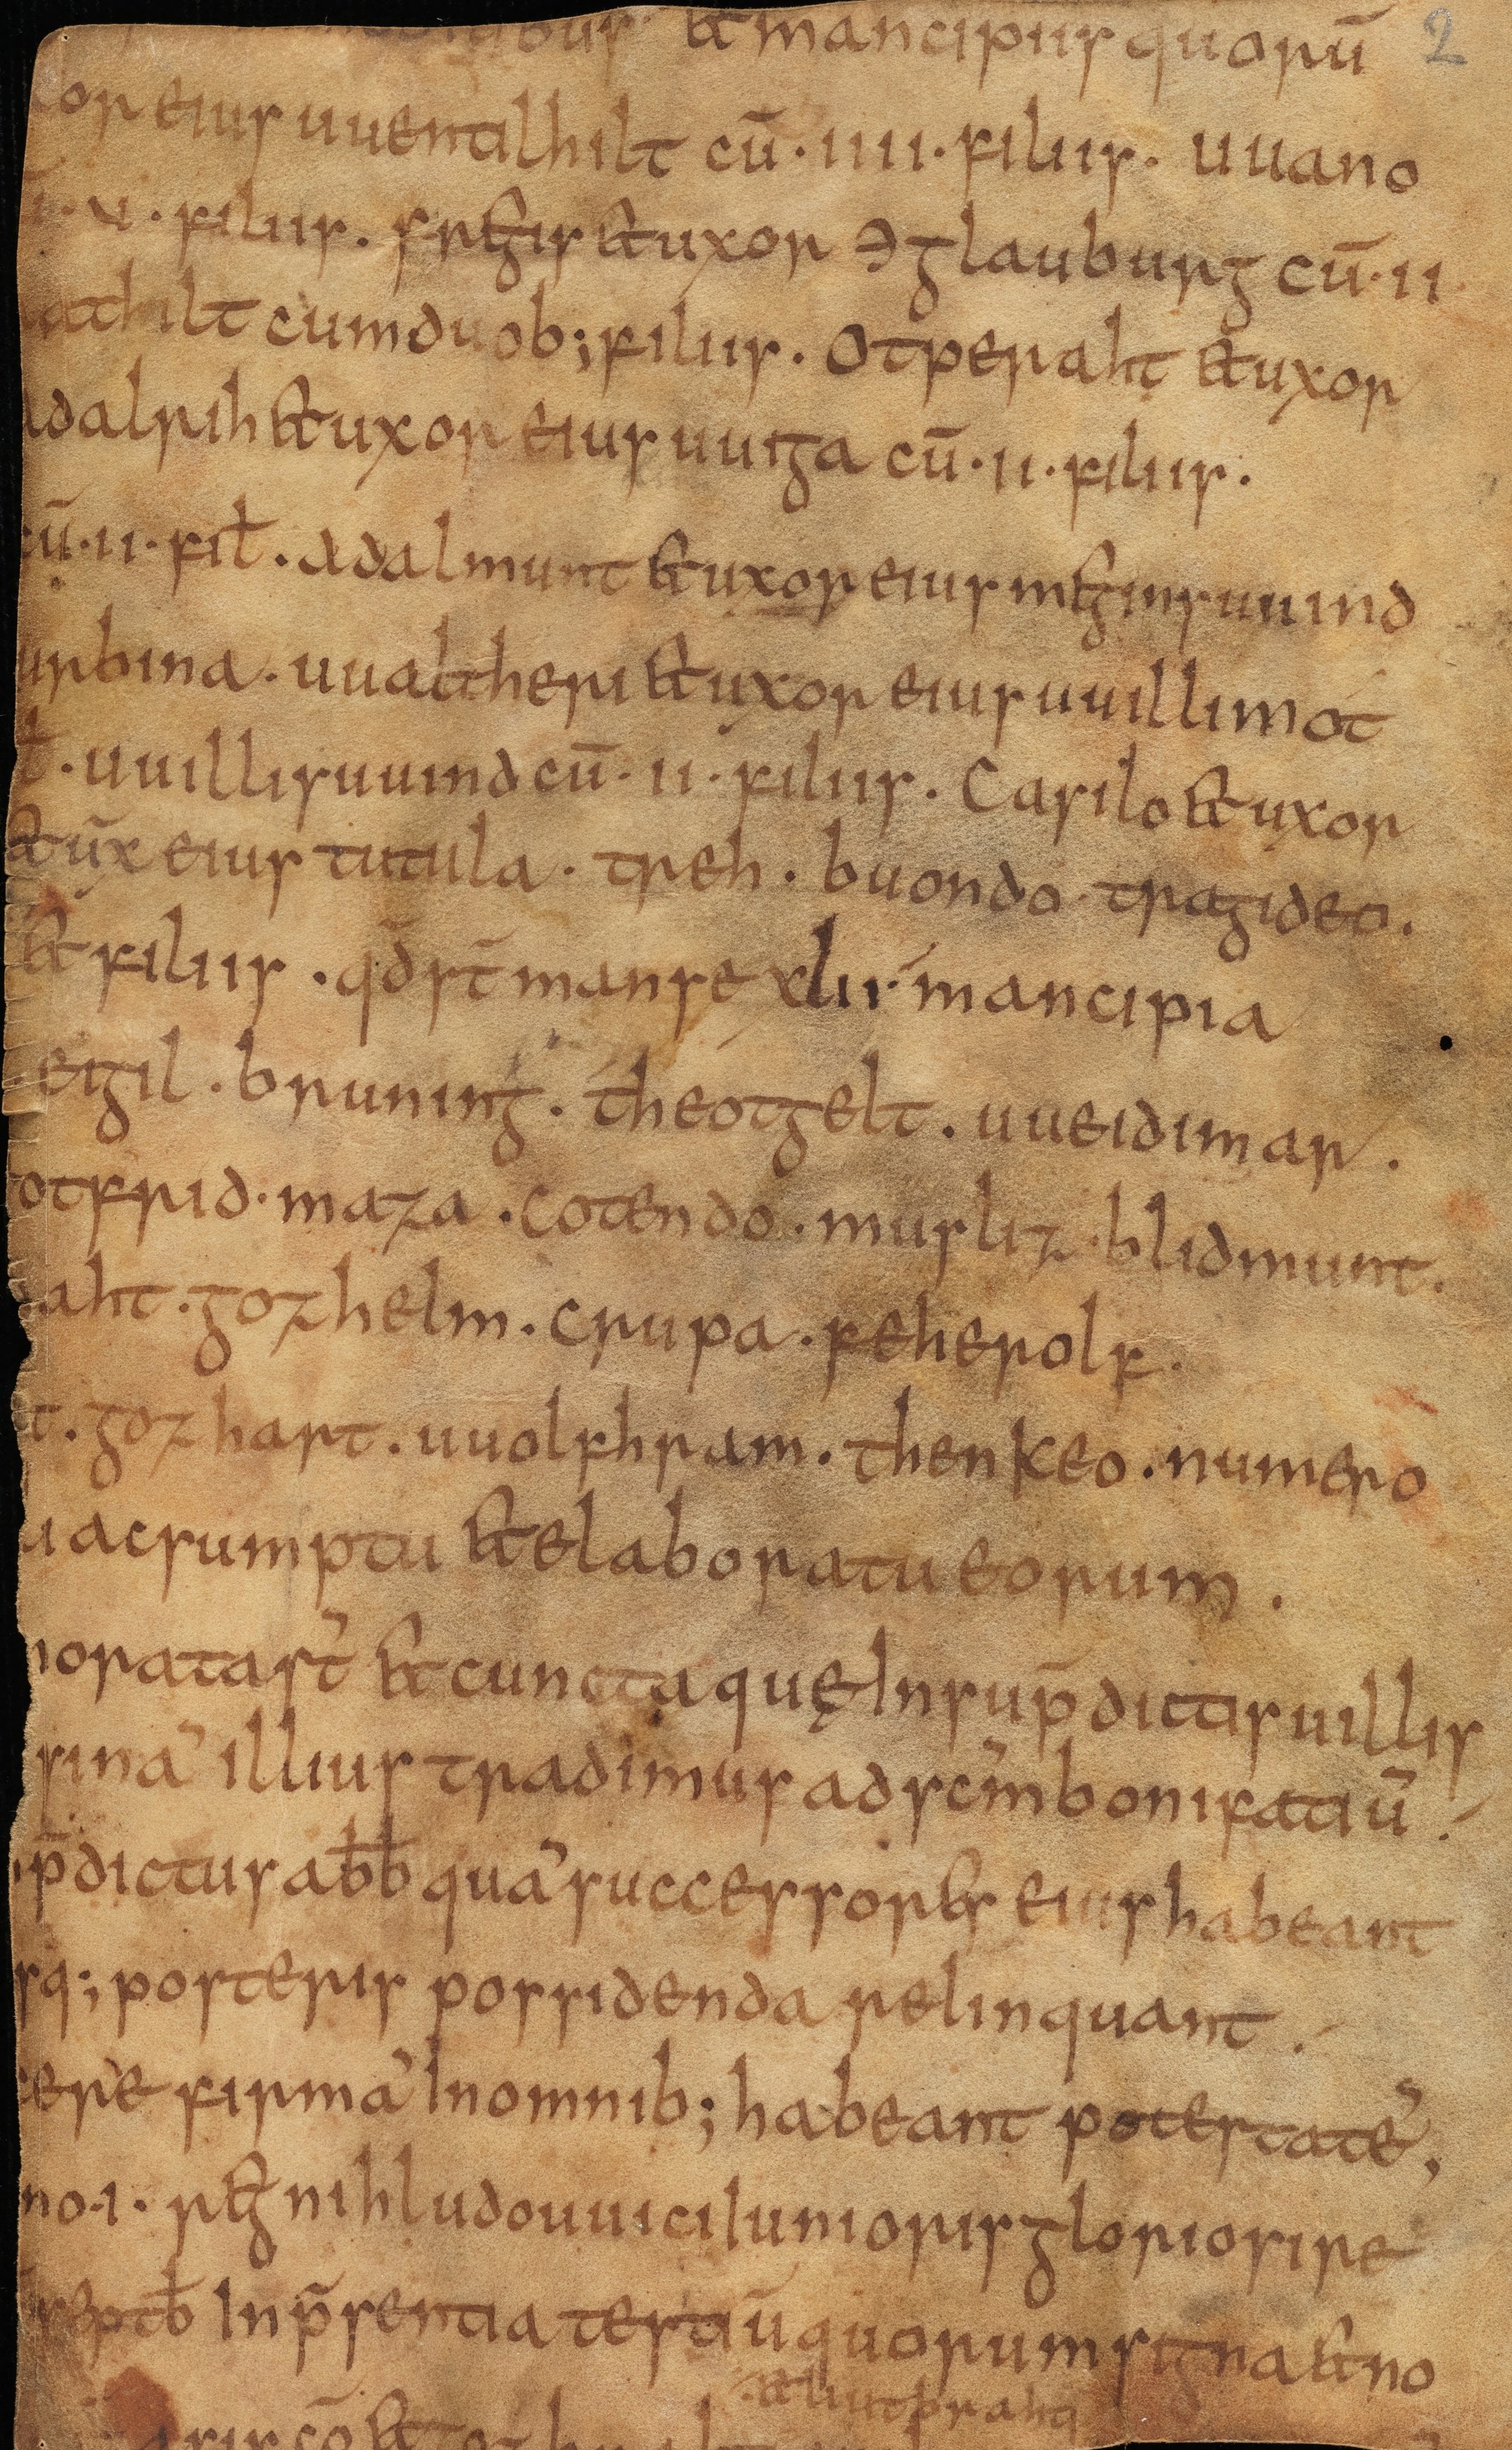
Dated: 825–855